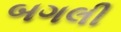
બગલી